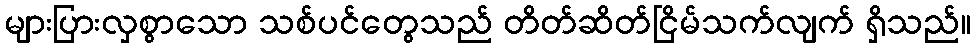
များပြားလှစွာသော သစ်ပင်တွေသည် တိတ်ဆိတ်ငြိမ်သက်လျက် ရှိသည်။